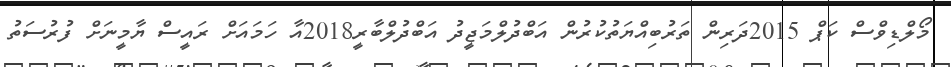
މޯލްޑިވްސް ކަޕް 2015ދަރިން ތަރުބިއްޔަތުކުރުން އަބްދުލްމަޖީދު އަބްދުލްބާރީ2018އާ ހަމައަށް ރައީސް ޔާމީނަށް ފުރުސަތު